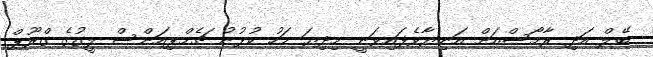
ބޭލް އަދި ރާމޯސްއަށް އަނިޔާވެފައިވަނީ މިދިޔަ މަހު ކުޅުނު ޗެމްޕިއަންސް ލީގުގެ ގްރޫޕް